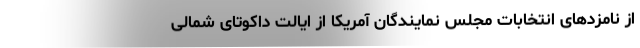
از نامزدهای انتخابات مجلس نمایندگان آمریکا از ایالت داکوتای شمالی